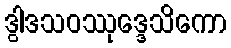
ဒွါဒသဝဿုဒ္ဒေသိကော